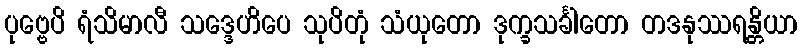
ပုဗ္ဗေပိ ရံသိမာလီ သဒ္ဒေဟိပေ သုပိတုံ သံယုတော ဒုက္ခသင်္ခါတော တဒနုဿရန္တိယာ